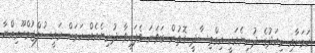
ކަމަށާއި މިއަދުގެ ދުނިޔެއަކީ އިގްތިސާދީ ގޮތުން ބަވަނަ ވެފައިވާ ދުނިޔެއެއް ކަމަށް ރައީސުލްޖުމްހޫރިއްޔާ